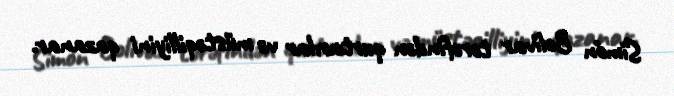
Simón Bolívar tərəfindən qurtarılar və müstəqilliyini qazanar.